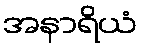
အနာရိယံ